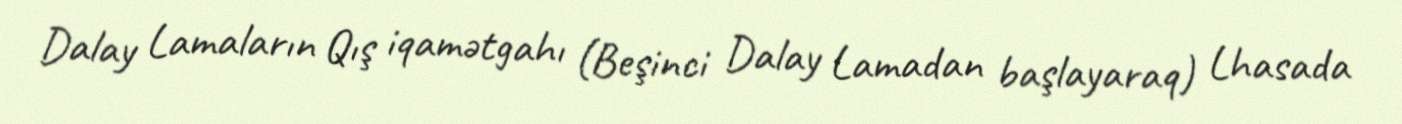
Dalay Lamaların Qış iqamətgahı (Beşinci Dalay Lamadan başlayaraq) Lhasada